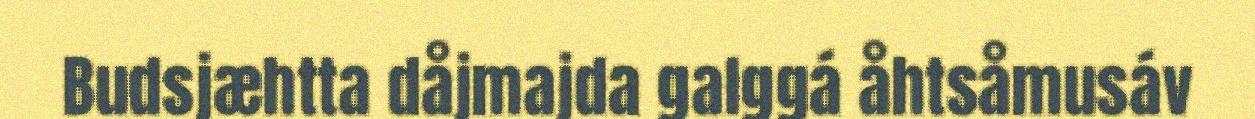
Budsjæhtta dåjmajda galggá åhtsåmusáv